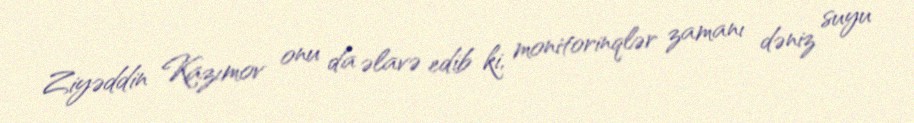
Ziyəddin Kazımov onu da əlavə edib ki, monitorinqlər zamanı dəniz suyu